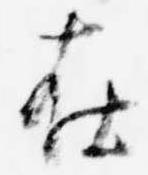
在